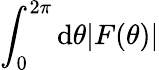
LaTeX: \int_{0}^{2\pi}\mathrm{d}\theta|F(\theta)|